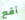
أقع